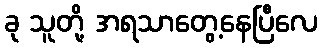
ခု သူတို့ အရသာတွေ့နေပြီလေ